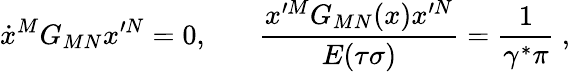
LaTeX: \dot{x}^{M}G_{MN}x^{\prime N}=0,~~~~~~~{\frac{x^{\prime M}G_{MN}(x)x^{\prime N}}{E(\tau\sigma)}}={\frac{1}{\gamma^{\ast}\pi}}~,